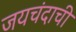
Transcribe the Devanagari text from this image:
जयचंदाची